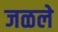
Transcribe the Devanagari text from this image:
जळले